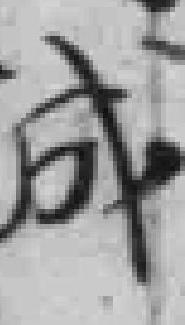
成